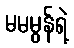
မမမွန်ရဲ့